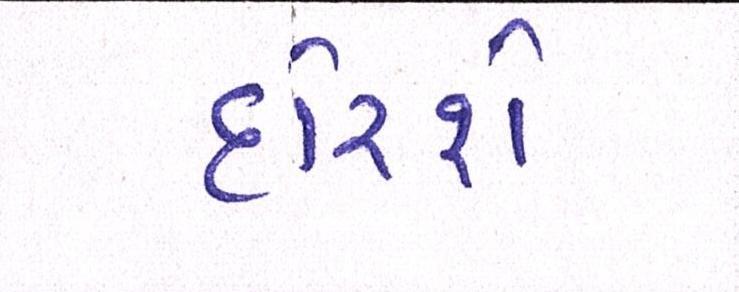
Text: દોરશે